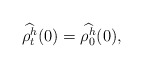
\begin{align*}\widehat{\rho^h_t}(0) = \widehat{\rho^h_0}(0),\end{align*}